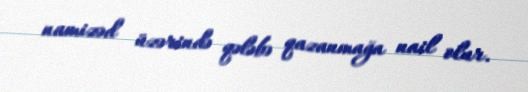
namizəd üzərində qələbə qazanmağa nail olur.